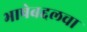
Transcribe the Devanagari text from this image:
भाषेबद्दलचा